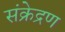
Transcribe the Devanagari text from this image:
संक्रेद्रण